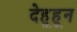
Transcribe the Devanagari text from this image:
देहूहून